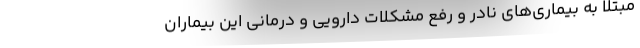
مبتلا به بیماری‌های نادر و رفع مشکلات دارویی و درمانی این بیماران